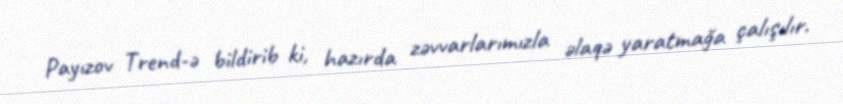
Payızov Trend-ə bildirib ki, hazırda zəvvarlarımızla əlaqə yaratmağa çalışılır.